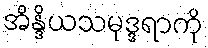
အိန္ဒိယသမုဒ္ဒရာကို